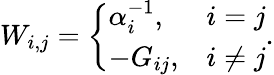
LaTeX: W_{i,j}=\left\{ \begin{array}{ll}{\alpha_{i}^{-1},}&{i=j}\\ {-G_{ij},}&{i\neq j}\end{array}\right..